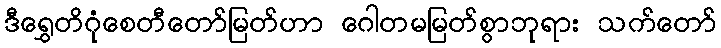
ဒီရွှေတိဂုံစေတီတော်မြတ်ဟာ ဂေါတမမြတ်စွာဘုရား သက်တော်